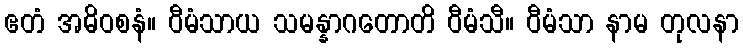
ဧတံ အဓိဝစနံ။ ဝီမံသာယ သမန္နာဂတောတိ ဝီမံသီ။ ဝီမံသာ နာမ တုလနာ